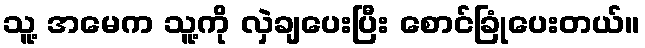
သူ့ အမေက သူ့ကို လှဲချပေးပြီး စောင်ခြုံပေးတယ်။